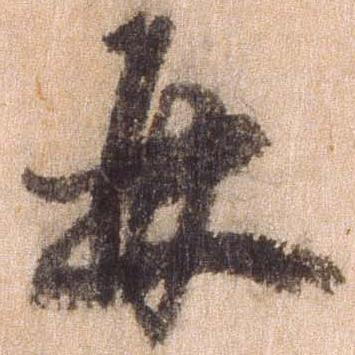
并